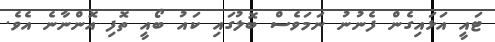
ޓައީ އަޅައިގެން ފެނުނު ނަމަވެސް ބޮލުގައި ކައު ބޯއީ ތޮފި އޮންނާނެ އެވެ.